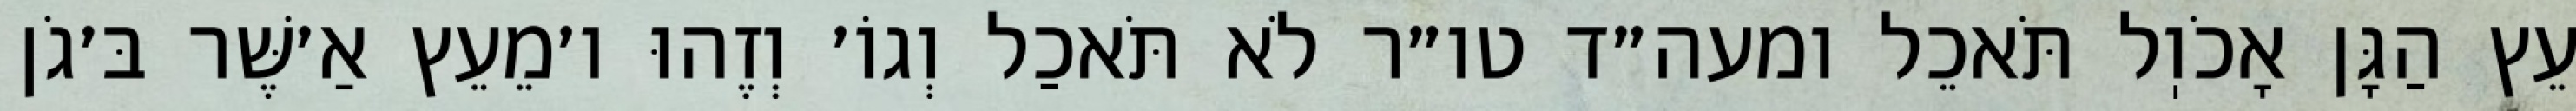
עֵץ הַגָּן אָכֹוֽל תֹּאכֵל ומעה״ד טו״ר לֹא תֹּאכַל וְגוֹ׳ וְזֶהוּ ו׳מֵעֵץ אַ׳שֶּׁר בּ׳גֹן